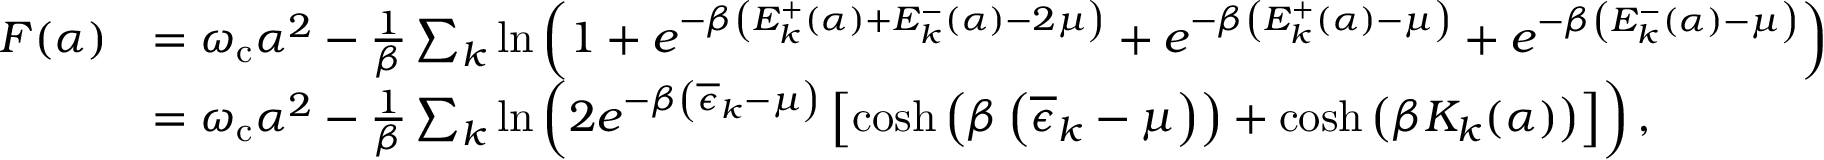
\begin{array} { r l } { F ( \alpha ) } & { = \omega _ { \mathrm { c } } \alpha ^ { 2 } - \frac { 1 } { \beta } \sum _ { k } \ln \left( 1 + e ^ { - \beta \left( E _ { k } ^ { + } ( \alpha ) + E _ { k } ^ { - } ( \alpha ) - 2 \mu \right) } + e ^ { - \beta \left( E _ { k } ^ { + } ( \alpha ) - \mu \right) } + e ^ { - \beta \left( E _ { k } ^ { - } ( \alpha ) - \mu \right) } \right) } \\ & { = \omega _ { \mathrm { c } } \alpha ^ { 2 } - \frac { 1 } { \beta } \sum _ { k } \ln \left( 2 e ^ { - \beta \left( \overline { { \epsilon } } _ { k } - \mu \right) } \left[ \cosh \left( \beta \left( \overline { { \epsilon } } _ { k } - \mu \right) \right) + \cosh \left( \beta K _ { k } ( \alpha ) \right) \right] \right) , } \end{array}